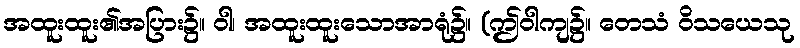
အထူးထူး၏အပြား၌။ ဝါ၊ အထူးထူးသောအာရုံ၌။ (ဤဝါကျ၌။ တေသံ ဝိသယေသု